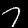
Label: 7